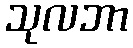
သုလဘာ